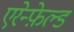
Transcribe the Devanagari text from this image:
एरेन्फ़ेल्ड